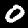
Label: 0